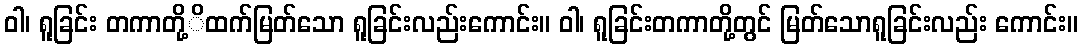
ဝါ၊ ရူခြင်း တကာတို့ိထက်မြတ်သော ရူခြင်းလည်းကောင်း။ ဝါ၊ ရူခြင်းတကာတို့တွင် မြတ်သောရူခြင်းလည်း ကောင်း။